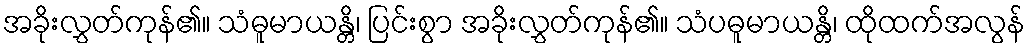
အခိုးလွှတ်ကုန်၏။ သံဓူမာယန္တိ၊ ပြင်းစွာ အခိုးလွှတ်ကုန်၏။ သံပဓူမာယန္တိ၊ ထိုထက်အလွန်